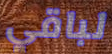
لباقي